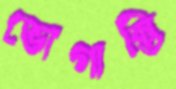
ভোগান্তি